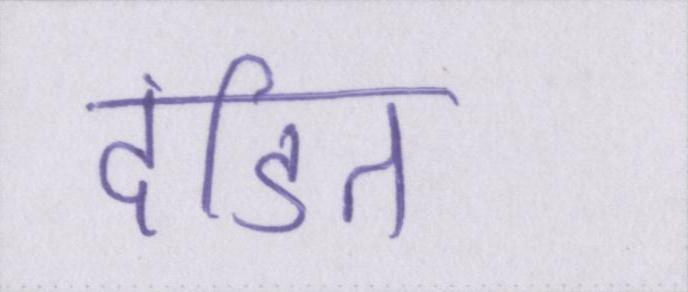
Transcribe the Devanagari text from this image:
दंडित